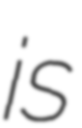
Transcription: is